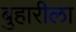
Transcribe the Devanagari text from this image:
बुहारीला